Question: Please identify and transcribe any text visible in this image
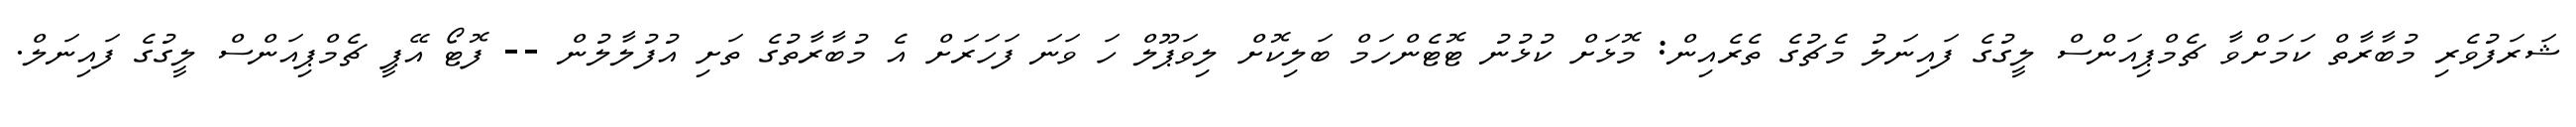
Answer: ޝަރަފުވެރި މުބާރާތް ކަމަށްވާ ޗެމްޕިއަންސް ލީގުގެ ފައިނަލު މެޗުގެ ތެރެއިން: މޮޅަށް ކުޅުނު ޓޮޓެންހަމް ބަލިކޮށް ލިވަޕޫލް ހަ ވަނަ ފަހަރަށް އެ މުބާރާތުގެ ތަށި އުފުލާލުން -- ފޮޓޯ އޭޕީ ޗެމްޕިއަންސް ލީގުގެ ފައިނަލް.